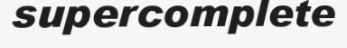
supercomplete